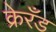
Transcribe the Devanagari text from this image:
क्रेरँड